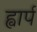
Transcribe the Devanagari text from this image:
ह्वार्प